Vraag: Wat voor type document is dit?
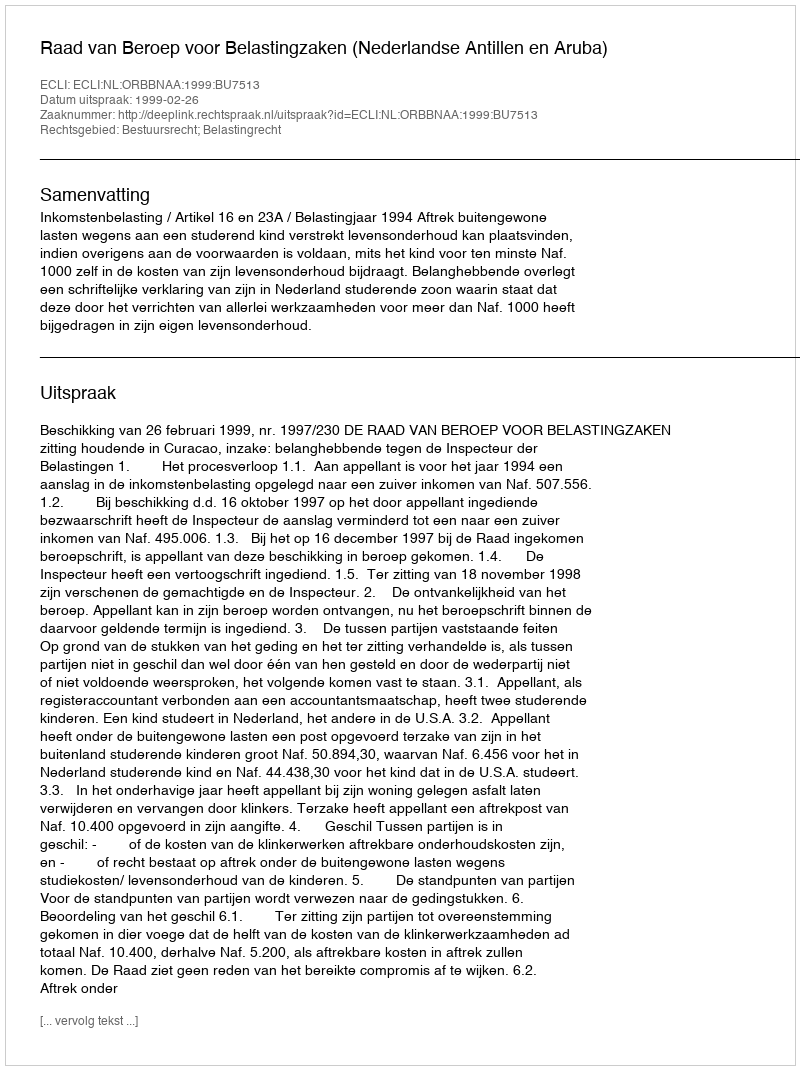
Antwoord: Uitspraak